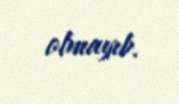
olmayıb.